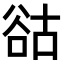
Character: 𧮴